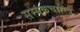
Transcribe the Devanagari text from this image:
सम्यकचारित्र